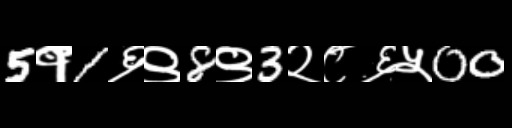
Text: 5१1६९8९3२८६५00